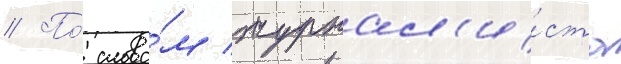
// По́ слова́м журнал'и́ста